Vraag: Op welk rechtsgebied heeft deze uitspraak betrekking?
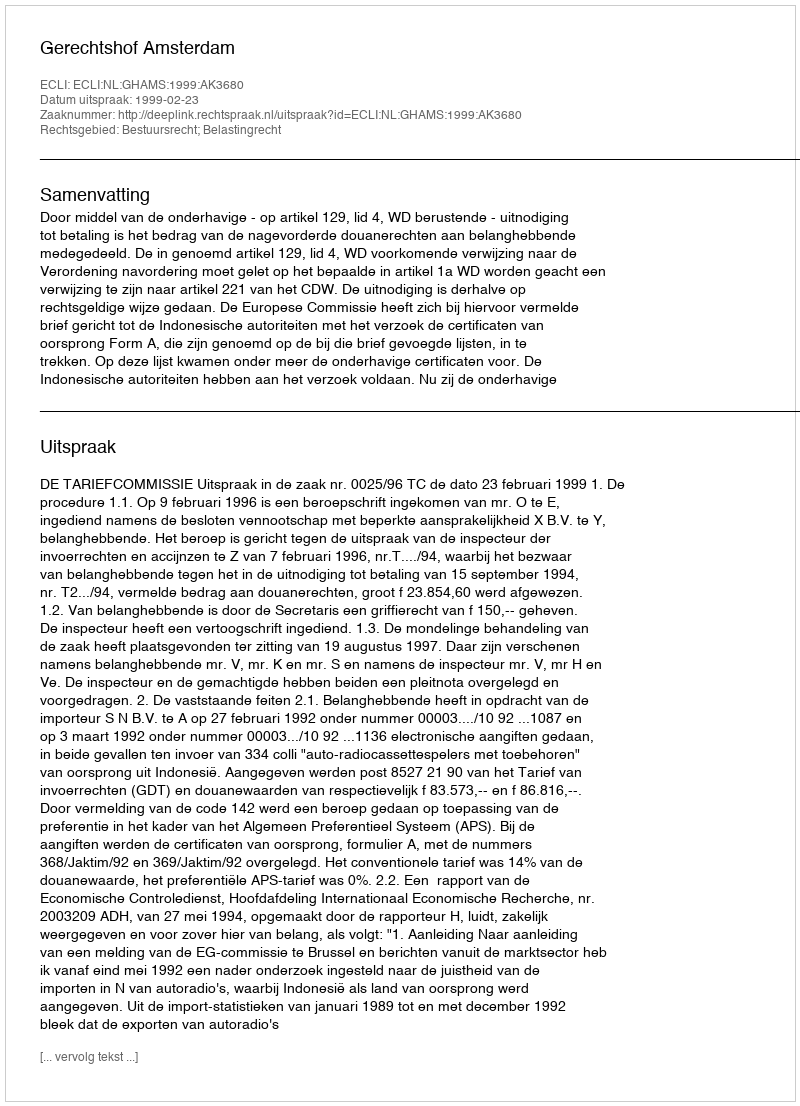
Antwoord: Bestuursrecht; Belastingrecht